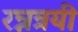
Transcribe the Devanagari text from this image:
रन्नत्रयी